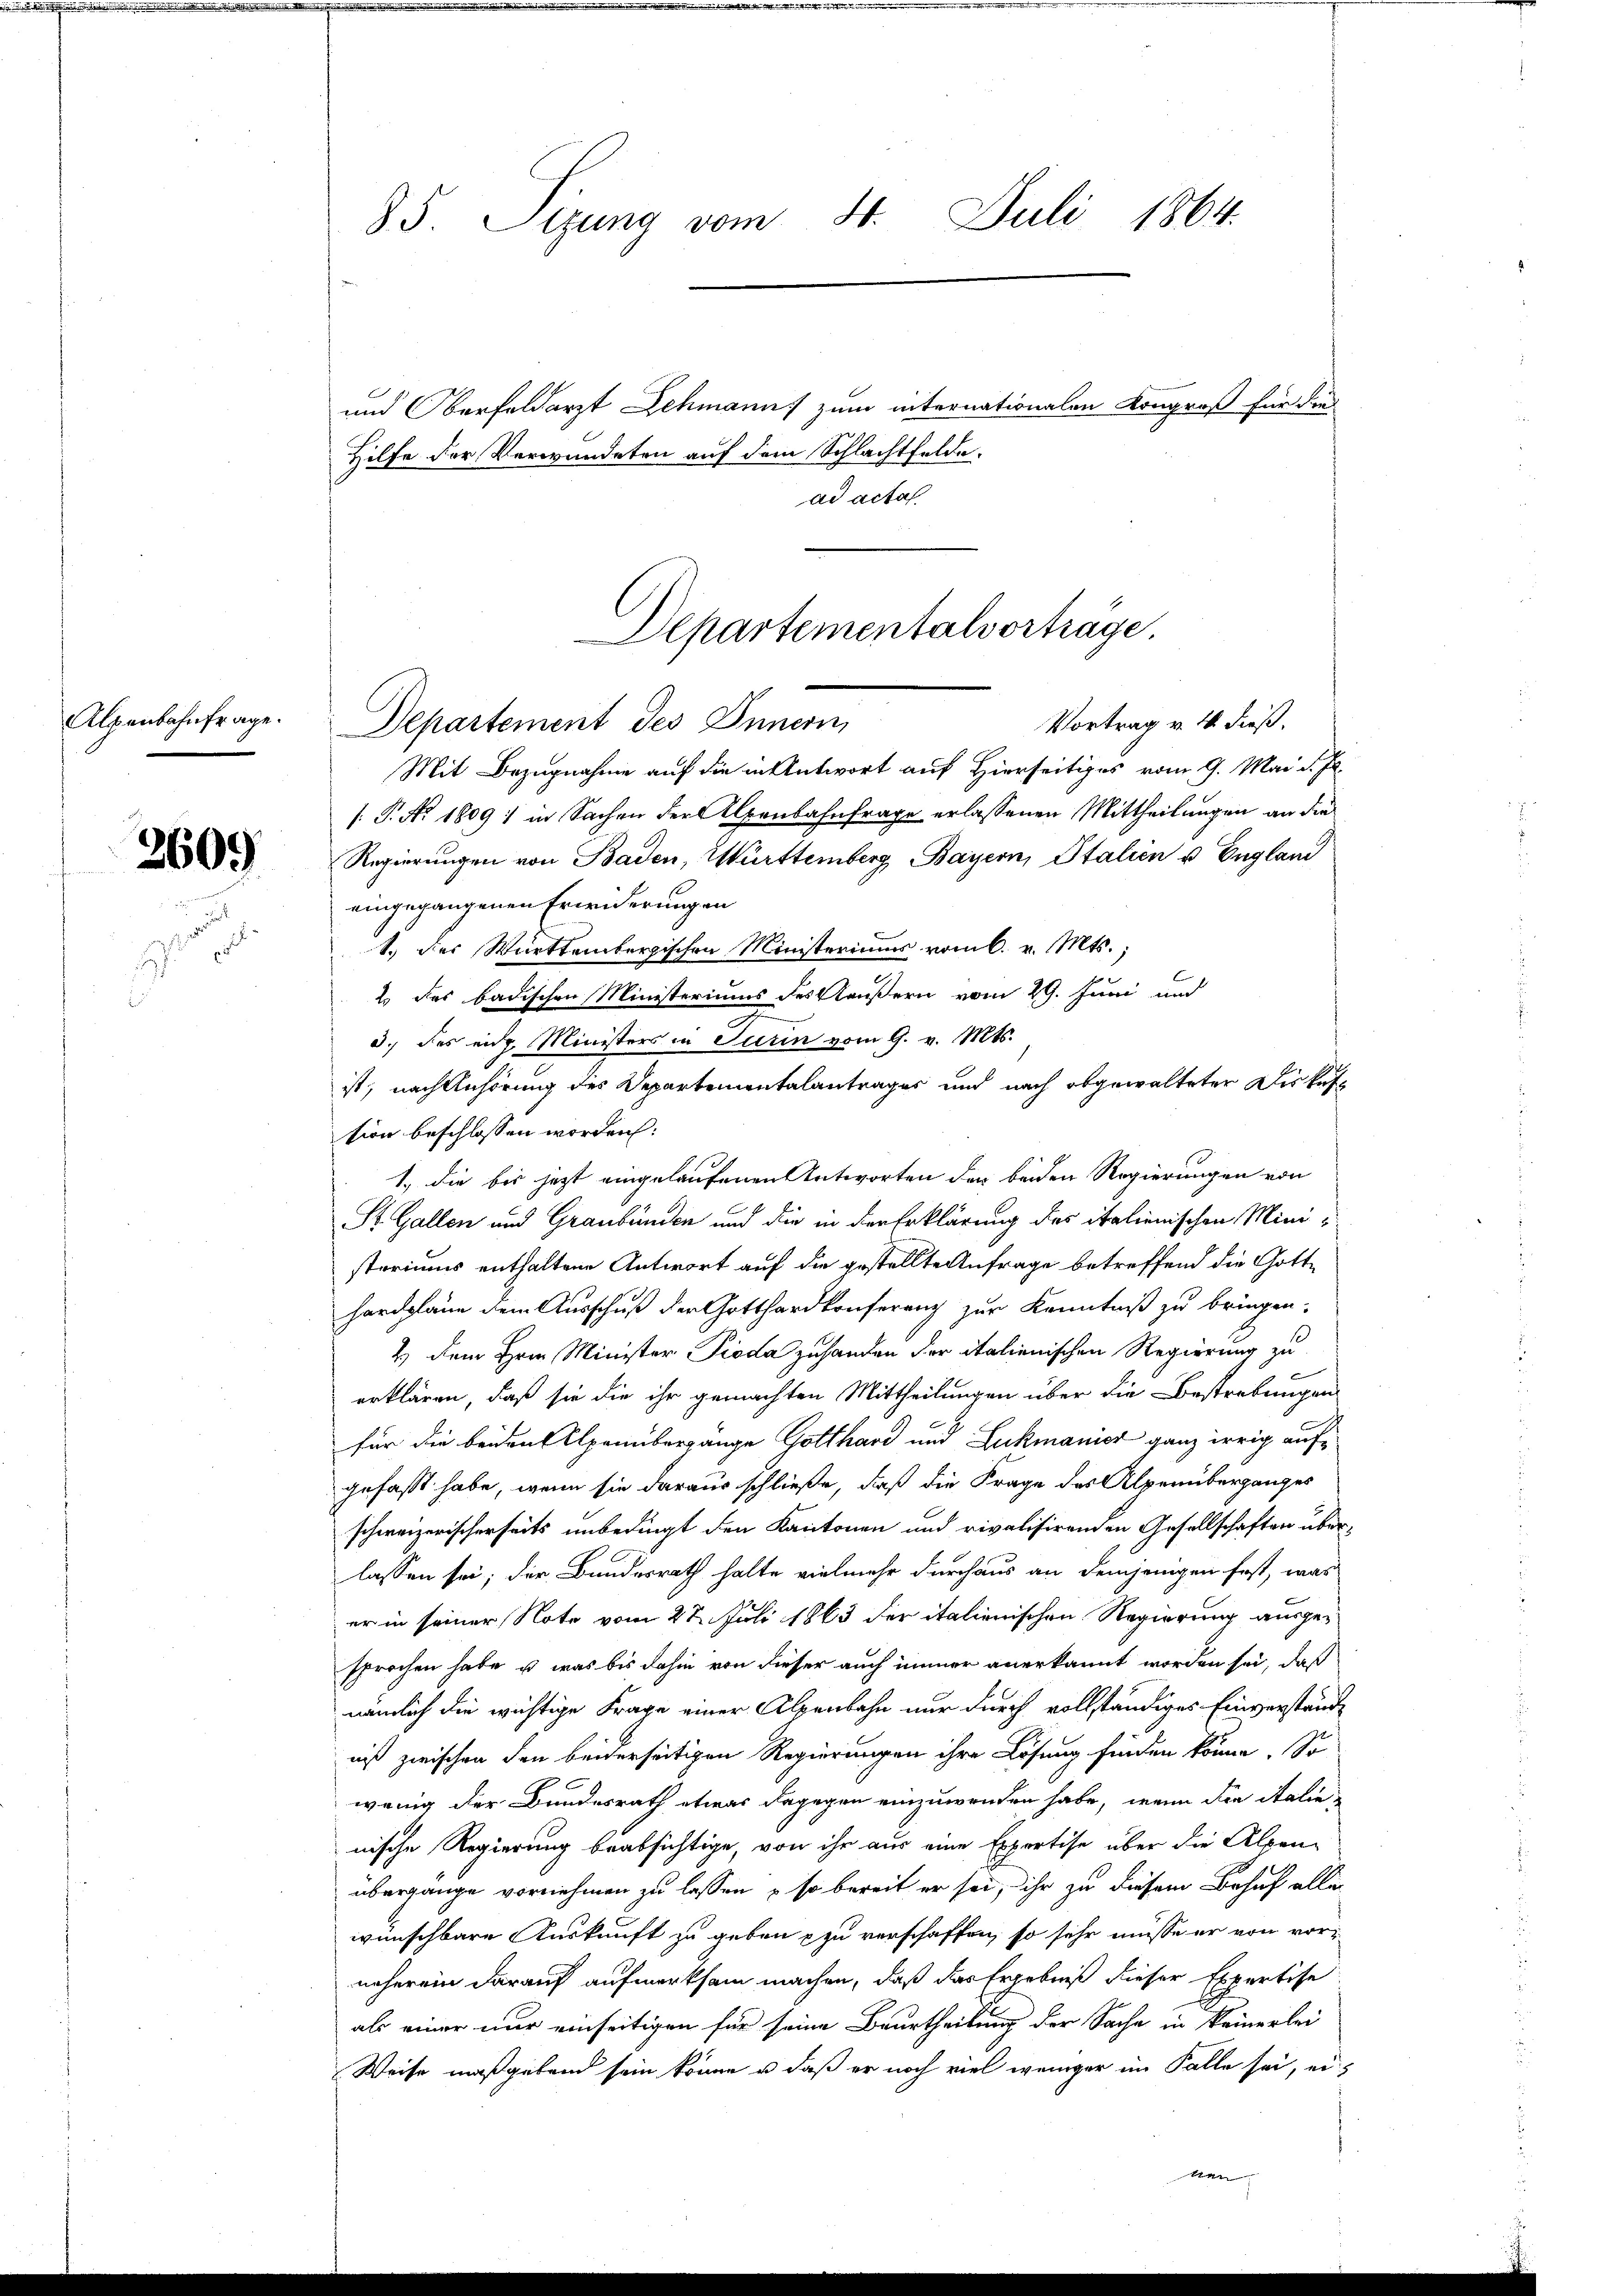
Alpenbahnfrage.

3609

85 Sizung vom 4. Juli 1864.

und Oberfeldarzt Schmann zum internationalen Kongroß für die
Hilfe der Verwundeten auf dem Schlachtfelde.
ad acta
Vortrag v. 4. dieß.
Departement des Innern,
Mit Bezugnahme auf die in Antwort auf Hierseitiges vom 9. Mai d. Js.
[: P. Nr. 1809) in Sachen der Alpenbahnfrage erlassenen Mittheilungen an die
Regierungen von Baden, Württemberg, Bayern, Italien u. England
eingegangenen Erwiderungen
1.) Der Württembergischen Ministeriums vom 6. v. Mts.,
2 des badischen Ministeriums des Käußern vom 29. Juni und
3.) des eidg. Ministers in Turin vom 9. v. Mts.
ist, nach Anhörung des Departementalantrages und nach abgewalteter Diskuss
sion beschlossen worden:
1., die bis jetzt eingelaufenen Antworten der beiden Regierungen von
St. Gallen und Graubünden und die in der Erklärung des italienischen Ministoriums enthaltene Antwort auf die gestellte Anfrage betreffend die Gotthardplane dem Ausschuß der Gotthardkonferenz zur Kenntniß zu bringen.
2.) Dem Herrn Minister Pioda zuhanden der italienischen Regierung zu
erklären, daß sie die ihr gemachten Mittheilungen über die Bestrebungen
für die beident Alpenbergänge Gotthard und Lukmanicz ganz irrig aufgefaßt habe, wenn sie daraus schließe, daß die Frage des Alpenüberganges
schweizerischerseits unbedingt den Kantonen und rivalisirenden Gesellschaften überlassen sei; der Bundesrath halte vielmehr durchaus an demjenigen fast, was
er in seiner Note vom 27. Juli 1863 der italienischen Regierung ausgesprochen habe u. was bis dahin von dieser auch immer anerkannt worden sei, daß
nämlich die wichtige Frage einer Alpenbahn nur durch vollständiges Einverständ
niß zwischen den beiderseitigen Regierungen ihre Lösung finden könne. So
wenig der Bundesrath etwas dagegen einzuwenden habe, wenn die Italie
nische Regierung beabsichtige, von ihr aus eine Expertise über die Alpen-
übergange vornehmen zu lassen, – so bereit er sei, ihr zu diesem Behuf aller
wunschbare Auskunft zu geben & zu verschaffen, so sehr müsse er von vornäherein darauf aufmerksam machen, daß das Ergebniß dieser Expertise
als einer nur einseitigen für seine Beurtheilung der Sache in keinerlei
Weise maßgebend sein könne u. daß er noch viel weniger im Falle sei, ei¬

Departementalvorträge.